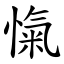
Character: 愾